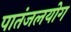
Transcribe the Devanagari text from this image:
पातंजलयोग